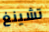
تشينغ